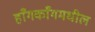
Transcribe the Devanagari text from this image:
हाँगकाँगमधील